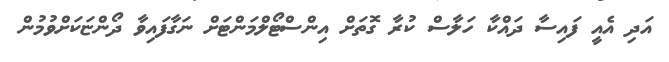
އަދި އެއީ ފައިސާ ދައްކާ ހަލާސް ކުރާ ގޮތަށް އިންސްޓޯލްމަންޓަށް ނަގާފައިވާ ދޯންޏަކަށްވުމުން